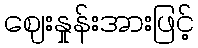
ဈေးနှုန်းအားဖြင့်